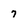
Character: 7